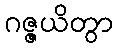
ဂဇ္ဇယိတွာ